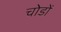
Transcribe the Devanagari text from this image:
चोडों